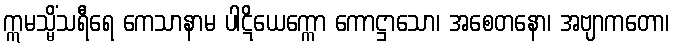
ဣမသ္မိံသရီရေ ကေသာနာမ ပါဋိယေက္ကော ကောဋ္ဌာသော၊ အစေတနော၊ အဗျာကတော၊